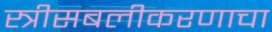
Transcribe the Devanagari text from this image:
स्त्रीसबलीकरणाचा